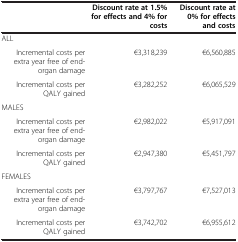
|  | Discount rate at 1.5% for effects and 4% for costs | Discount rate at 0% for effects and costs |
 | --- | --- | --- |
 | ALL |  |  |
 | Incremental costs per extra year free of end-organ damage | €3,318,239 | €6,560,885 |
 | Incremental costs per QALY gained | €3,282,252 | €6,065,529 |
 | MALES |  |  |
 | Incremental costs per extra year free of end-organ damage | €2,982,022 | €5,917,091 |
 | Incremental costs per QALY gained | €2,947,380 | €5,451,797 |
 | FEMALES |  |  |
 | Incremental costs per extra year free of end-organ damage | €3,797,767 | €7,527,013 |
 | Incremental costs per QALY gained | €3,742,702 | €6,955,612 |